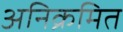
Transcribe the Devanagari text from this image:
अनिक्रमित